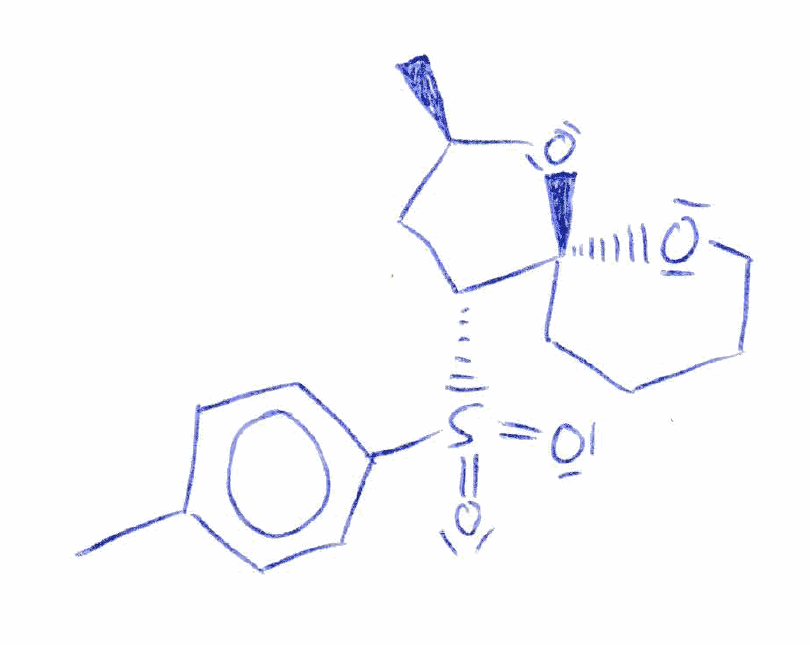
Simplified molecular-input line-entry system (SMILES) notation of the given molecule:
C[C@@H]1C[C@H]([C@@]2(O1)CCCCO2)S(=O)(=O)C3=CC=C(C=C3)C